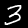
Digit: 3